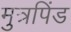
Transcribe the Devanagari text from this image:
मुत्रपिंड